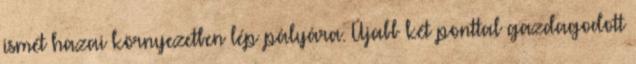
ismét hazai környezetben lép pályára. Újabb két ponttal gazdagodott